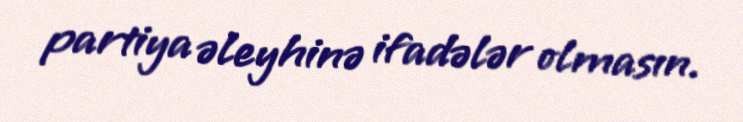
partiya əleyhinə ifadələr olmasın.